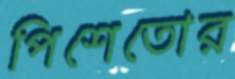
পিশেতোর